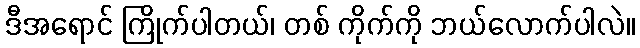
ဒီအရောင် ကြိုက်ပါတယ်၊ တစ် ကိုက်ကို ဘယ်လောက်ပါလဲ။